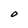
Character: O